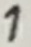
Text: 1